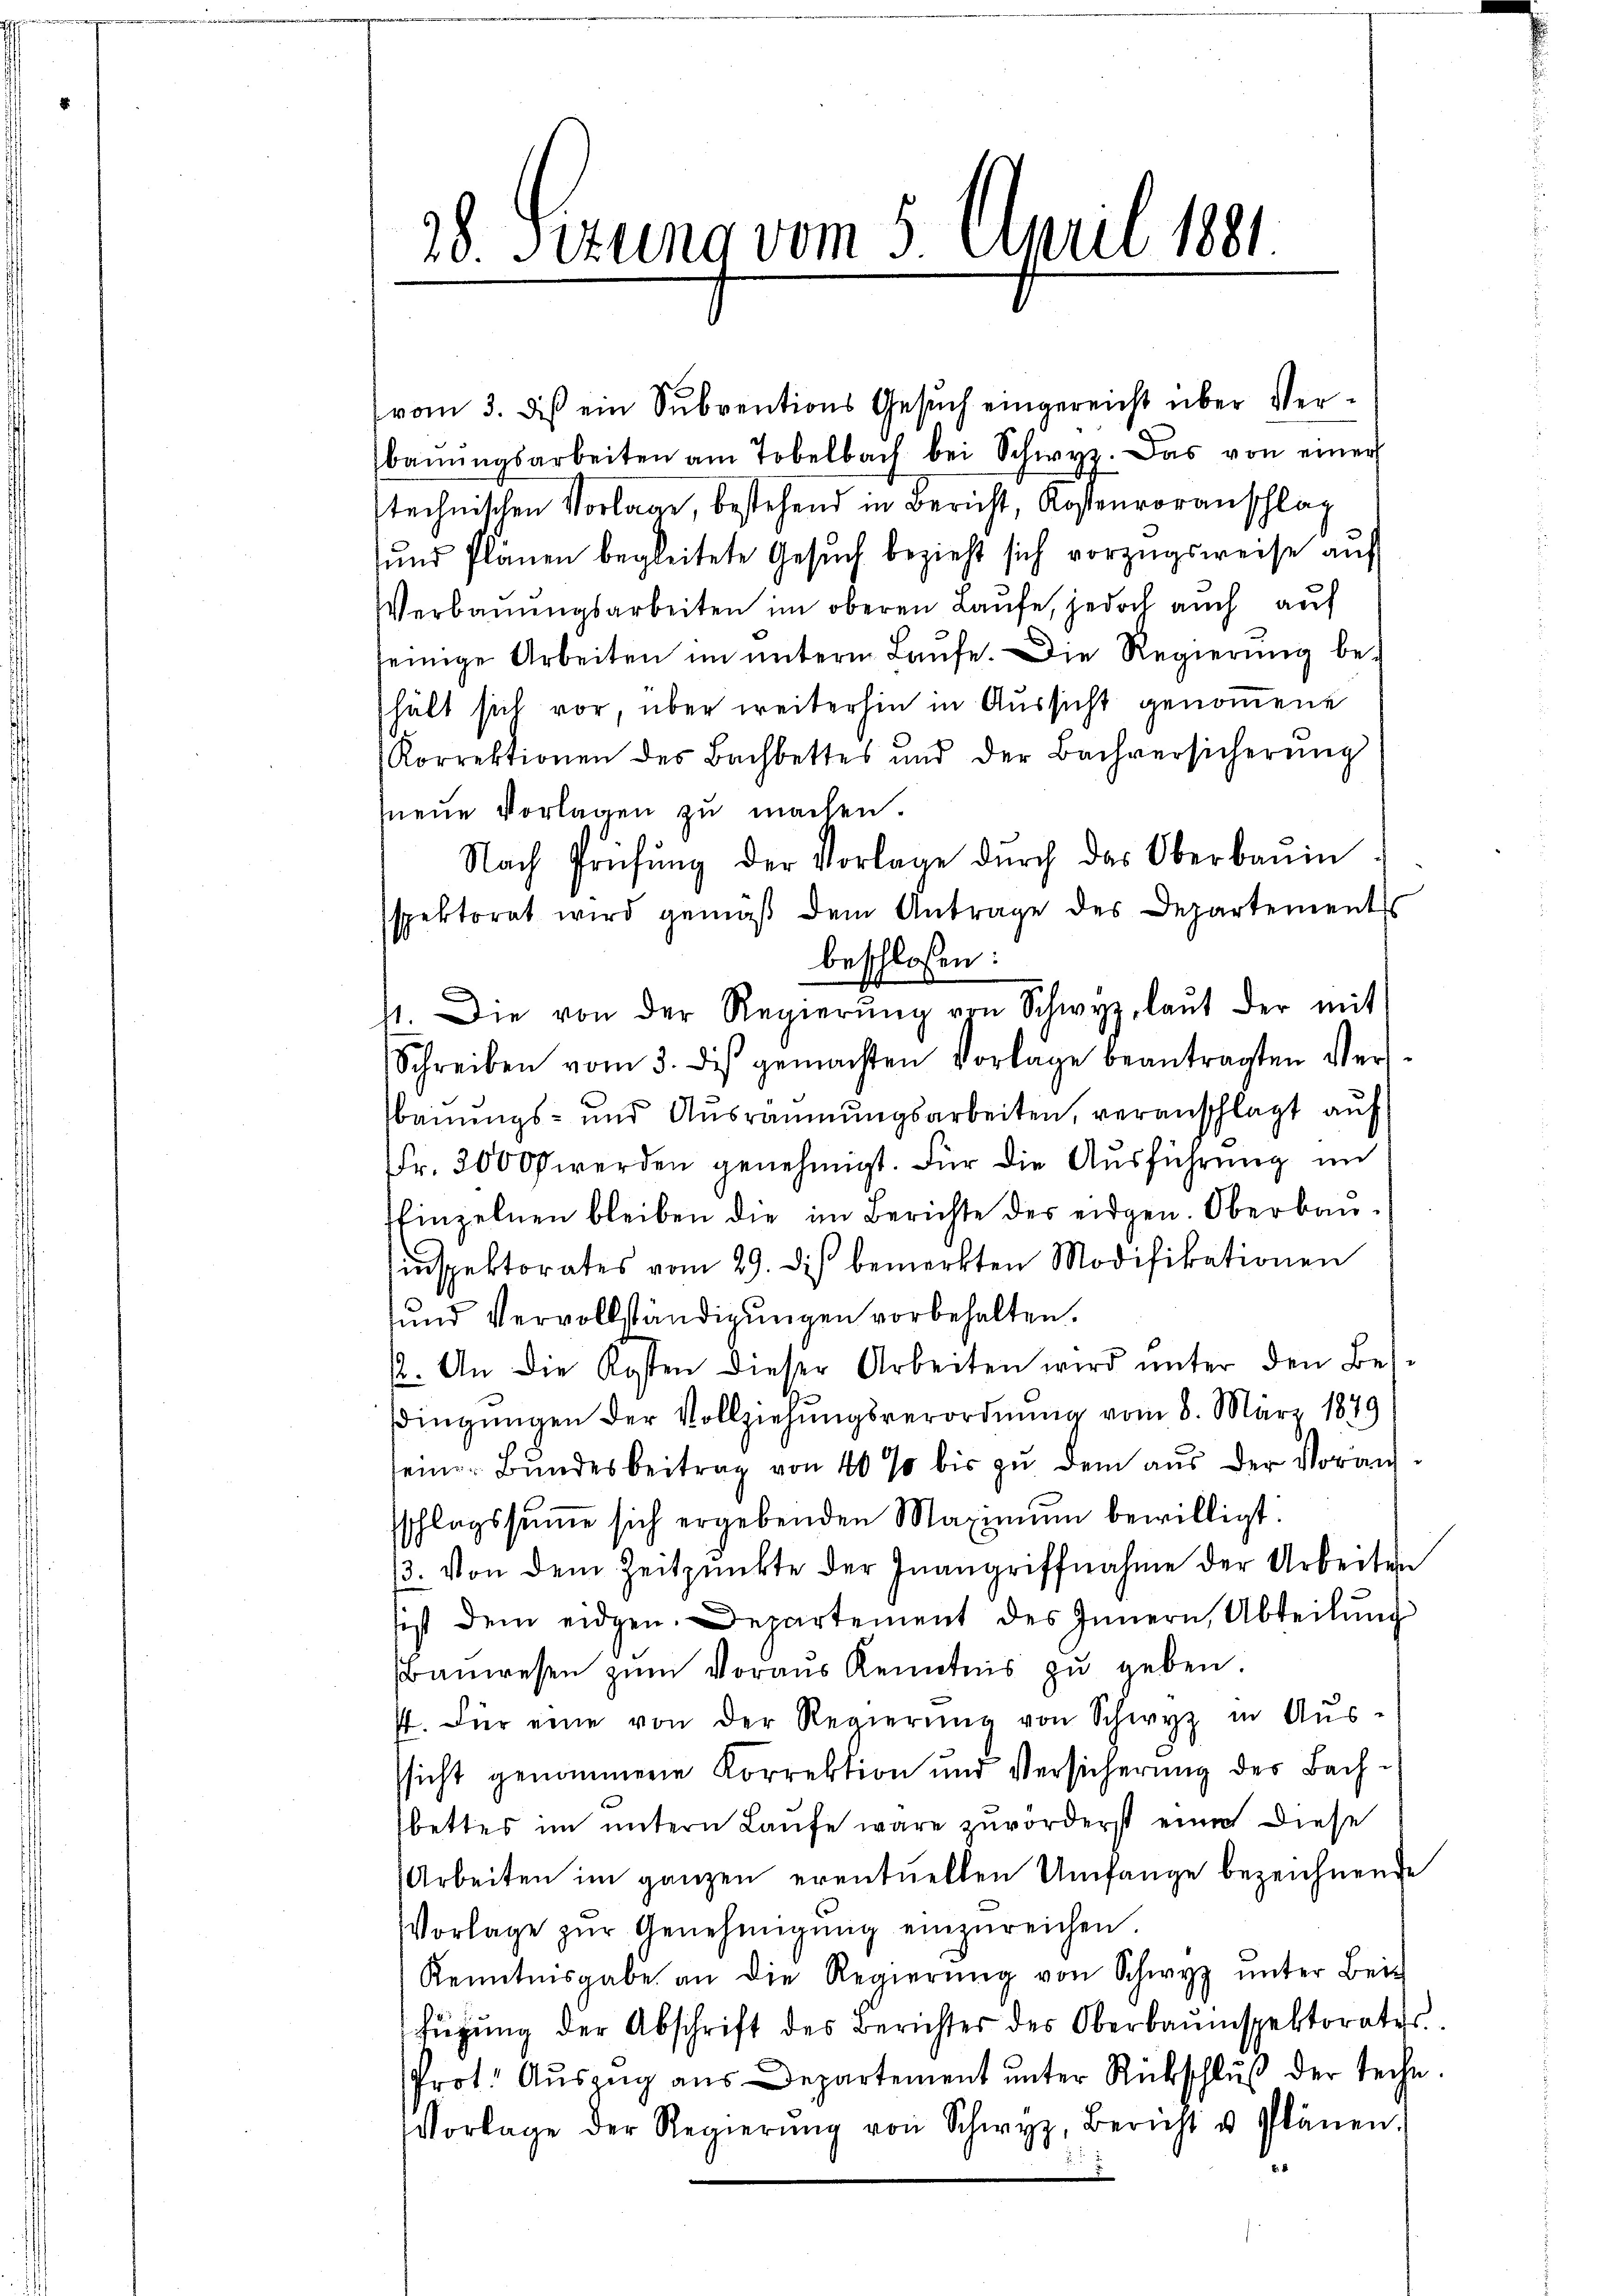
28. Sizung vom 5. April 1881.

vom 3. des ein Subventions Gesuch eingereicht über Verbaŭŭngsarbeiten am Tobelbach bei Schwyz. Das von einer
stechnischen Vorlage, bestehend in Bericht, Kostenvoranschlag
sund Plänen begleitete Gesuch bezieht sich vorzugsweise auf
Verbauungsarbeiten im oberen Laufe, jedoch auch auf
jeinige Arbeiten im ŭnterm Laŭfe. Die Regierŭng be-
hält sich vor, über weiterhin in Aussicht genommene
Korrektionen des Bachbettes und der Bachversicherŭng
neue Vorlagen zu machen.
Nach Prüfŭng der Vorlage dŭrch das Oberbaŭin
spektorat wird gemäβ dem Antrage des Departements
beschlossen:
1. Die von der Regierŭng von Schwyz, laŭt der mit
Schreiben vom 3. des gemachten Vorlage beantragten Ver-
bauungs- und Ausräumungsarbeiten, veranschlägt auf
Fr. 20000 werden genehmigt. Für die Ausführung im
finzelnen bleiben die im Berichte des eidgen. Oberbausinspektorates vom 29. di bemerkten Modifikationen
und Vervollständigungen vorbehalten.
2. An die Kosten dieser Arbeiten wird ŭnter den Bes-
sdingŭngen der Vollziehungsverordnung vom 8. März 1849
seine Bŭndesbeitrag von 40 % bis zŭ dem aŭs der Vorans-
sschlagssŭṁe sich ergebenden Maximŭm bewilligt:
13. Von dem Zeitpunkte der Inangriffnahme der Arbeiten
sist dem eidgen. Departement des Innern, Abteilŭng
Bauwesen zum Voraus Kenntnis zu geben
. Für eine von der Regierŭng von Schwyz in Aus-
ssicht genommene Korrektion und Versicherung des Bachbettes im untern Laufe wäre zuvorderst eine diese
Arbeiten im ganzen eventuellen Umfange bezeichnende
Vorlage zŭr Genehmigŭng einzŭreichen.
Kenntnisgabe an die Regierŭng von Schwyz ŭnter Bei-
fügŭng der Abschrift des Berichter des Oberbaŭmspektorates
Prot. Auszug aus Departement unter Rückschluß der techn
Vorlage der Regierŭng von Schwyz, Bericht u. Plänen.